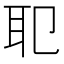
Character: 𦔶